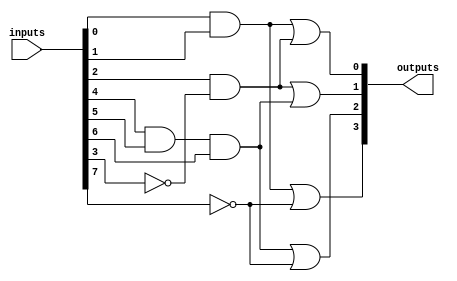
module FusedPAL (
    input wire [N-1:0] inputs,  // N input lines
    output wire [M-1:0] outputs  // M output lines
);

// Parameters
parameter N = 8;  // Number of input variables
parameter M = 4;  // Number of outputs
parameter P = 4;  // Number of programmable AND gates

// Programmable AND gates
wire [P-1:0] and_outputs;

// Example of programmable AND gates
// Each AND gate can be programmed to use any combination of inputs or their complements
// Here we assume a simple hardcoded example for demonstration
assign and_outputs[0] = inputs[0] & inputs[1];          // AND gate 0
assign and_outputs[1] = inputs[2] & ~inputs[3];         // AND gate 1
assign and_outputs[2] = inputs[4] & inputs[5] & inputs[6]; // AND gate 2
assign and_outputs[3] = ~inputs[7];                      // AND gate 3

// Fixed OR gates
assign outputs[0] = and_outputs[0] | and_outputs[1];    // Output 0
assign outputs[1] = and_outputs[1] | and_outputs[2];    // Output 1
assign outputs[2] = and_outputs[2] | and_outputs[3];    // Output 2
assign outputs[3] = and_outputs[0] | and_outputs[3];    // Output 3

endmodule